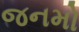
જનમો